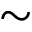
\sim